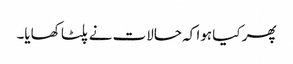
پھر کیا ہوا کہ حالات نے پلٹا کھایا۔